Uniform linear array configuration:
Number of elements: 12
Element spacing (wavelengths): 0.25
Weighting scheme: exponential
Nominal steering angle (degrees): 0
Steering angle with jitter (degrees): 1.536
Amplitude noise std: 0.05
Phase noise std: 0.05

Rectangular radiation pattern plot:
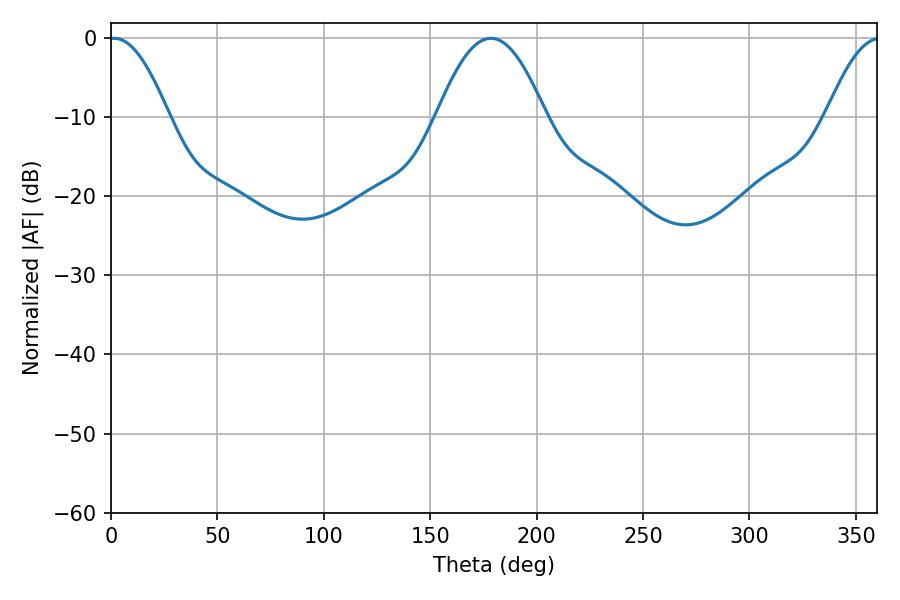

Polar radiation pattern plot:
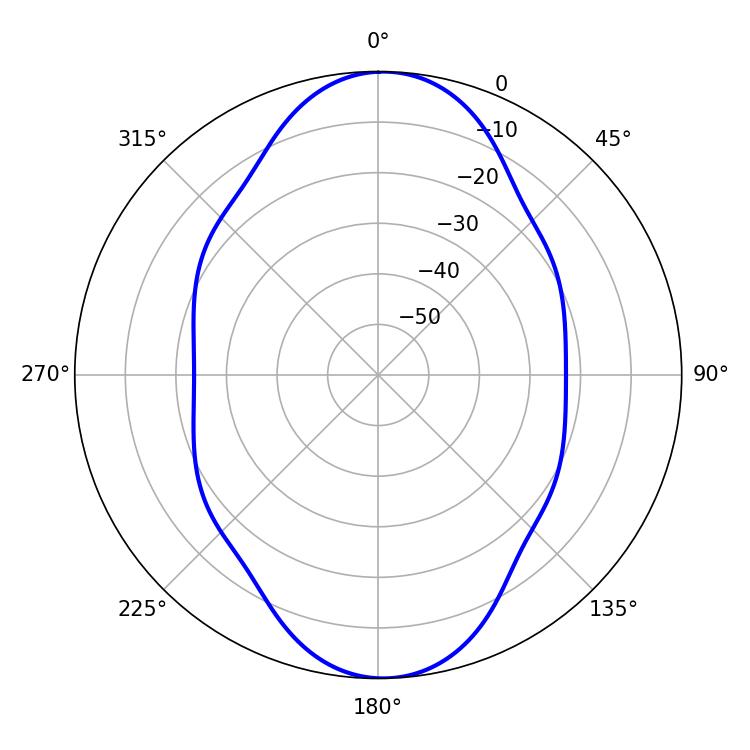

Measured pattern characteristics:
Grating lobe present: FALSE
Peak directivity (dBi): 19.713
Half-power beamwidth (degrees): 15.3
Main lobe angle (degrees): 1.44